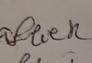
Signature authenticity: forged